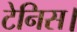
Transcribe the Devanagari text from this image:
टेनिस।